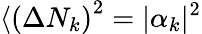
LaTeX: \langle\left(\Delta N_{k}\right)^{2}=|\alpha_{k}|^{2}